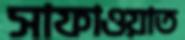
সাফাওয়াত